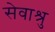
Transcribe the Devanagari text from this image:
सेवाश्रु